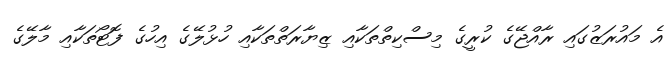
އެ މައުރަޒުގައި ރާއްޖޭގެ ކުރީގެ މިސްކިތްތަކާއި ޒިޔާރަތްތަކާއި ހުޅުލޭގެ އިހުގެ ފޮޓޯތަކާއި މާލޭގެ